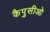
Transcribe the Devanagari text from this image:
कैपुसीओ